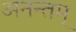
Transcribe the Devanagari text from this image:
अनन्तम्